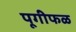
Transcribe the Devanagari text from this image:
पूगीफळ